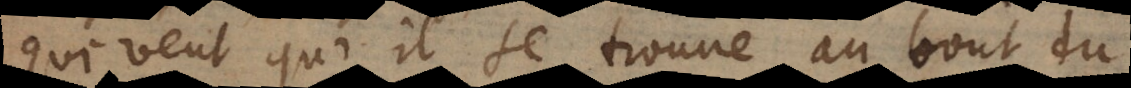
qui veut qu’il se trouve au bout du